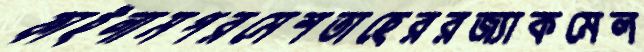
ফাইলামপরমেশতাহেররজ্যাকমেল